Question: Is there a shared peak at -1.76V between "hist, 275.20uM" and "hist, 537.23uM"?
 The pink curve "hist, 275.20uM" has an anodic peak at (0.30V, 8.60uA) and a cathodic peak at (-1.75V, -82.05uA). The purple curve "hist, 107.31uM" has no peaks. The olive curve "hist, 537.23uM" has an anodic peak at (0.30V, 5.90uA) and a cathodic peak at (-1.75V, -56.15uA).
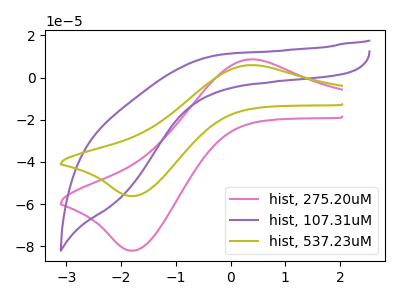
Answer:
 <answer>Yes, "hist, 275.20uM" and "hist, 537.23uM" share a peak at -1.76V.</answer>
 <eval>match</eval>